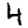
Digit: 4